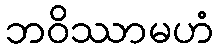
ဘဝိဿာမဟံ